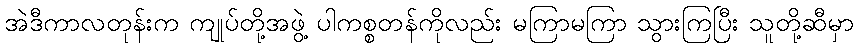
အဲဒီကာလတုန်းက ကျုပ်တို့အဖွဲ့ ပါကစ္စတန်ကိုလည်း မကြာမကြာ သွားကြပြီး သူတို့ဆီမှာ